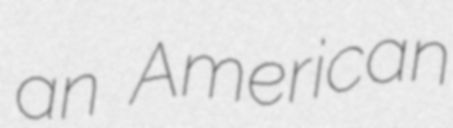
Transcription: an American